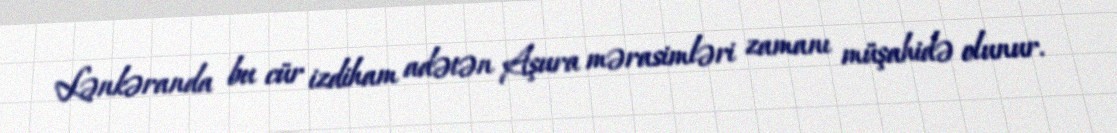
Lənkəranda bu cür izdiham adətən Aşura mərasimləri zamanı müşahidə olunur.